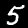
Label: 5